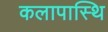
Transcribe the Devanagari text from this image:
कलापास्थि